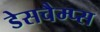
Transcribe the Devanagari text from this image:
डेसचैम्प्स